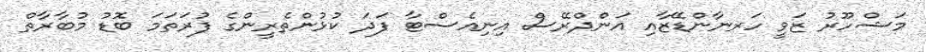
މަޝްހޫރު ޒަވީ ހަރނާންޑޭޒާއި އަންދްރޭސް އިނިއެސްޓާ ފަދަ ކުޅުންތެރީންގެ ފުރަތަމަ ބޮޑު މުބާރާތް